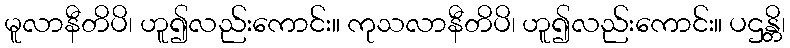
မူလာနီတိပိ၊ ဟူ၍လည်းကောင်း။ ကုသလာနီတိပိ၊ ဟူ၍လည်းကောင်း။ ပဌန္တိ၊